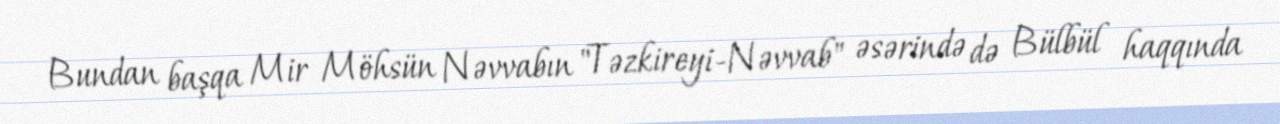
Bundan başqa Mir Möhsün Nəvvabın "Təzkireyi-Nəvvab" əsərində də Bülbül haqqında